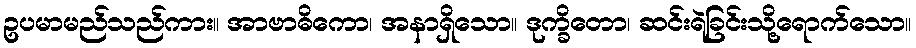
ဥပမာမည်သည်ကား။ အာဗာဓိကော၊ အနာရှိသော။ ဒုက္ခိတော၊ ဆင်းရဲခြင်းသို့ရောက်သော။